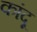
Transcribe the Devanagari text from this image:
कांदू